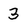
Character: 3